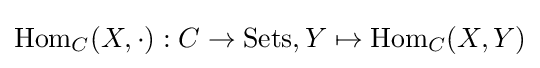
\operatorname {Hom} _{C}(X,\cdot ):C\to \mathrm {Sets} ,Y\mapsto \operatorname {Hom} _{C}(X,Y)